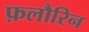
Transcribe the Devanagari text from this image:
फ़लौरिन